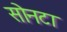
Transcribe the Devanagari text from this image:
सोनटा